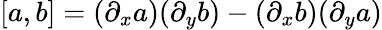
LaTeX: [a,b]=(\partial_{x}a)(\partial_{y}b)-(\partial_{x}b)(\partial_{y}a)